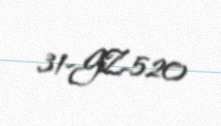
31-GZ-520